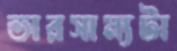
ভারসাম্যটা